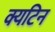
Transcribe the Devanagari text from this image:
क्यटिन